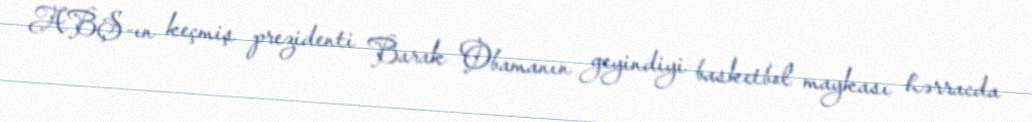
ABŞ-ın keçmiş prezidenti Barak Obamanın geyindiyi basketbol maykası hərracda